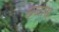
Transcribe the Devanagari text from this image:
छळास